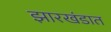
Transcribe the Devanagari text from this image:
झारखंडात